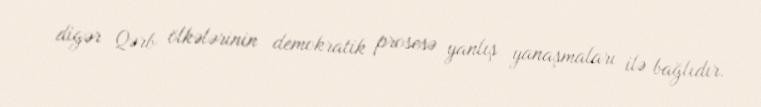
digər Qərb ölkələrinin demokratik prosesə yanlış yanaşmaları ilə bağlıdır.